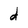
Character: d